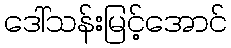
ဒေါ်သန်းမြင့်အောင်